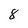
Character: 8